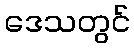
ဒေသတွင်